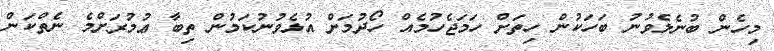
މިހެން ބުނެލެވުނު ބަހަކުން ހިތަށް ހަމަޖެހުމެއް ހޯދުމަށް އުޅެވުނުކަމުން ތިބާ ޢުމުރަށްމެ ނެތްކަން